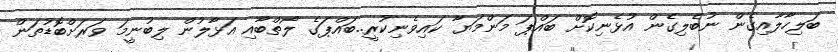
ބަލިހާލާއިގެން ނުބެލިގެން އުޅެނިކޮށް ބައްޕަ މަންމަޔާ ކައިވެނިކުރީ..ބައްޕަގެ ލޯތްބާއި އަޅާލުން ލިބުނީމަ ވަރަށްބޮޑުތަން